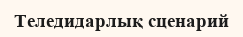
Теледидарлық сценарий